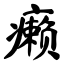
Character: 癞